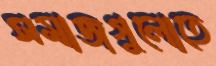
সমাজগুলোতে